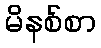
မိနစ်စာ